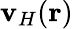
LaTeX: \mathbf{v}_{H}(\mathbf{{r}})